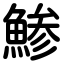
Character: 鯵